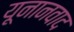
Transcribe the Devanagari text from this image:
यूनानवाद